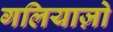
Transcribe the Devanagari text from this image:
गलियाज़ो